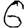
Digit: 6